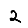
Digit: 2